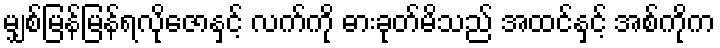
မျှစ်မြန်မြန်ရလိုဇောနှင့် လက်ကို ဓားခုတ်မိသည် အထင်နှင့် အစ်ကိုက